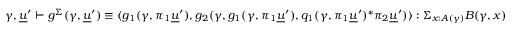
\gamma , \underline { { u } } ^ { \prime } \vdash g ^ { \Sigma } ( \gamma , \underline { { u } } ^ { \prime } ) \equiv \langle g _ { 1 } ( \gamma , \pi _ { 1 } \underline { { u } } ^ { \prime } ) , g _ { 2 } ( \gamma , g _ { 1 } ( \gamma , \pi _ { 1 } \underline { { u } } ^ { \prime } ) , q _ { 1 } ( \gamma , \pi _ { 1 } \underline { { u } } ^ { \prime } ) ^ { * } \pi _ { 2 } \underline { { u } } ^ { \prime } ) \rangle : \Sigma _ { x : A ( \gamma ) } B ( \gamma , x )